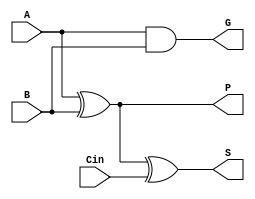
module full_adder_1bit(
    input A,
    input B,
    input Cin,
    output S,
	output G,
	output P
);

wire w1, w2, w3;

xor (w1, A, B);
xor (S, w1, Cin);

and (w2, w1, Cin);
and (w3, A, B);

assign G = A & B;
assign P = A ^ B;

endmodule

module cla_4bit (input [3:0] A, input [3:0] B, input Cin, output [3:0] S, output Cout);

	wire [2:0] carries;
	wire [3:0] G, P;
	
	assign carries[0] = G[0] | (Cin & P[0]);
	assign carries[1] = G[1] | (G[0] & P[1]) | (Cin & P[0] & P[1]) ;
	assign carries[2] = G[2] | (G[1] & P[2]) | (G[0] & P[1] & P[2]) | (Cin & P[0] & P[1] & P[2]);
	assign Cout = G[3] | (G[2] & P[3]) | (G[1] & P[2] & P[3]) | (G[0] & P[1] & P[2] & P[3]) | (Cin & P[0] & P[1] & P[2] & P[3]);
	
	full_adder_1bit iAdder[3:0] (.A(A), .B(B), .Cin({carries, Cin}), .S(S), .G(G), .P(P)); 

endmodule

module ReductionUnit (input [15:0] A, input [15:0] B, output [15:0] S);

	wire carryAB, carryCD, carryLM, carryMU;
	wire [8:0] S_AB, S_CD;
	
	cla_4bit lowerAB(.A(A[11:8]), .B(B[11:8]), .Cin(1'b0), .S(S_AB[3:0]), .Cout(carryAB));
	cla_4bit upperAB(.A(A[15:12]), .B(B[15:12]), .Cin(carryAB), .S(S_AB[7:4]), .Cout(S_AB[8]));

	cla_4bit lowerCD(.A(A[3:0]), .B(B[3:0]), .Cin(1'b0), .S(S_CD[3:0]), .Cout(carryCD));
	cla_4bit upperCD(.A(A[7:4]), .B(B[7:4]), .Cin(carryCD), .S(S_CD[7:4]), .Cout(S_CD[8]));
	
	cla_4bit reduction_9bit_low(.A(S_AB[3:0]), .B(S_CD[3:0]), .Cin(1'b0), .S(S[3:0]), .Cout(carryLM));
	cla_4bit reduction_9bit_middle(.A(S_AB[7:4]), .B(S_CD[7:4]), .Cin(carryLM), .S(S[7:4]), .Cout(carryMU));
	cla_4bit reduction_9bit_upper(.A({3'h0, S_AB[8]}), .B({3'h0, S_CD[8]}), .Cin(carryMU), .S(S[11:8]), .Cout(S[12]));
	
	assign S[15:13] = 3'h0;


endmodule